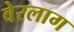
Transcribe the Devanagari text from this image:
वेरलाग